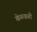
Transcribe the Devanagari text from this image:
खेळवळी